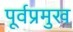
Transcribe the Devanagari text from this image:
पूर्वप्रमुख